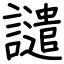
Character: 譴